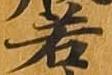
若